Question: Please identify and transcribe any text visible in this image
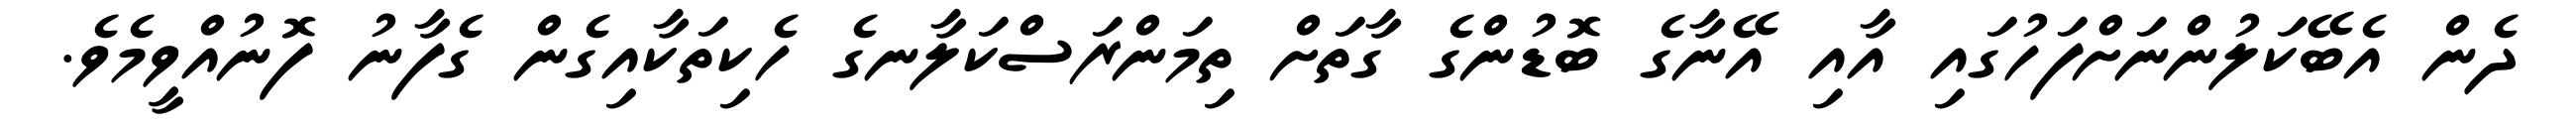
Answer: ދެން އެބޭކަލުންނަށްފަހުގައި އާއި އޭނާގެ ބޮޑުންގެ ގާތަށް ތިމަންރަސްކަލާނގެ ހެކިތަކާއިގެން ގެފާނު ފޮނުއްވީމެވެ.